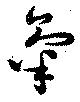
氣